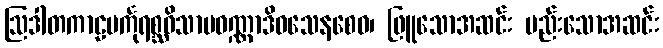
ဩဒါတကာဠမင်္ကုရစ္ဆဝိသာမဝဏ္ဏာဒိဝသေနစေဝ၊ ဖြူသောအဆင်း မည်းသောအဆင်း